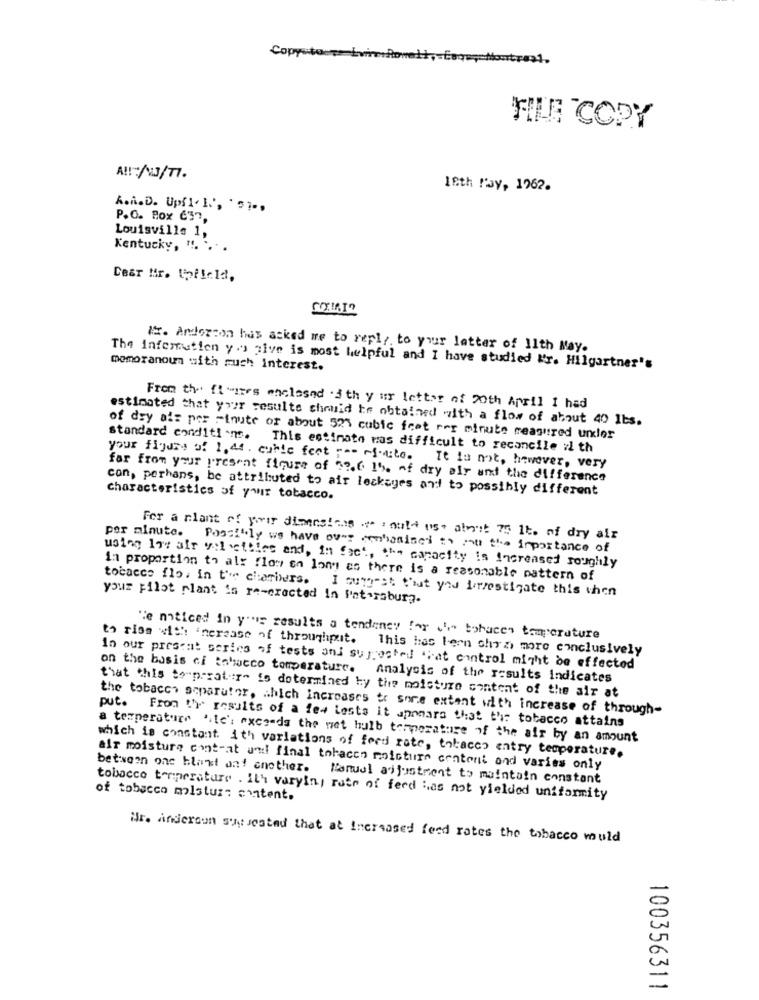
Copysto
FILE COPY
A !!: //77.
18th May, 1962.
A.i.D. Upf1. L', ' 51. ,
P.O. Box 637,
Louisville 1,
Kentucky, “. ...
Dear Mr. tofield,
#x. Anddorcon has asked me to reply to your letter of Ilth May.
The information you give is most helpful and I have studied Mr. Hilgartner's
memoranoun with much interest.
From the fiwires enclosed .3th y ur letter of 20th April I had
estimated that your results chouid he obtained with a flow of about 40 1bs.
standard conditions.
of dry als per minute or about 521 cubic feet rer minute reagured unkler
This estimate mas difficult to reconcile zi th
your figure of 1,44. cable fest ro- rfoute. It is not, however, very
far from your present figure of $2.6 15. of dry air and the difference
con, perhans, be attributed to air leckages and to possibly different
Characteristics of your tobacco.
For a plant of your dimensions " : not use about 75 lt. of dry air
per minute. Possi"ly ws have ov-s conhanisei ty mou the importance of
using low afr velvethice and, in fact, the capacity is Increased roughly
in proportion th al: flow on long as there is a reasonable pattern of
tobacco flo, in t'ie chambers. I Gung-st that you forzestigate this then
your pilot plant in re-eracted in Pat-raburg.
"e noticed in y''is results a tendency for (' tohacen tam cruture
to rios with increase of throughput. This has been chyzi more conclusively
In our present series of tests ani sujjosted "hat control might be effected
on the basis of tobacco temperature. Analysis of the results indicates
that this to"prrat :r" is determined by the moisture content of the air at
the tobacco separator, which increases to some extent with increase of through-
put. From the results of a few lests it uponars that the tobacco attains
a temperature Site's exceeds the wet bulb temperature of the air by an amount
which is constant ith variations of feed rate, tobacco entry temperature.
air moisture contrat und final tobacco moisture content and varies only
between one blant and another. Manual adjustment to maintain constant
tobacco temperature . ith varying rate of feed Has not yielded uniformity
of tobacco mistuz: content.
Wr. Anderson sony sestad that at Increased feed rates the tobacco would
100356311